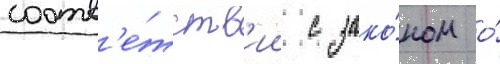
соотв'е́тств'ии с зако́ном о́